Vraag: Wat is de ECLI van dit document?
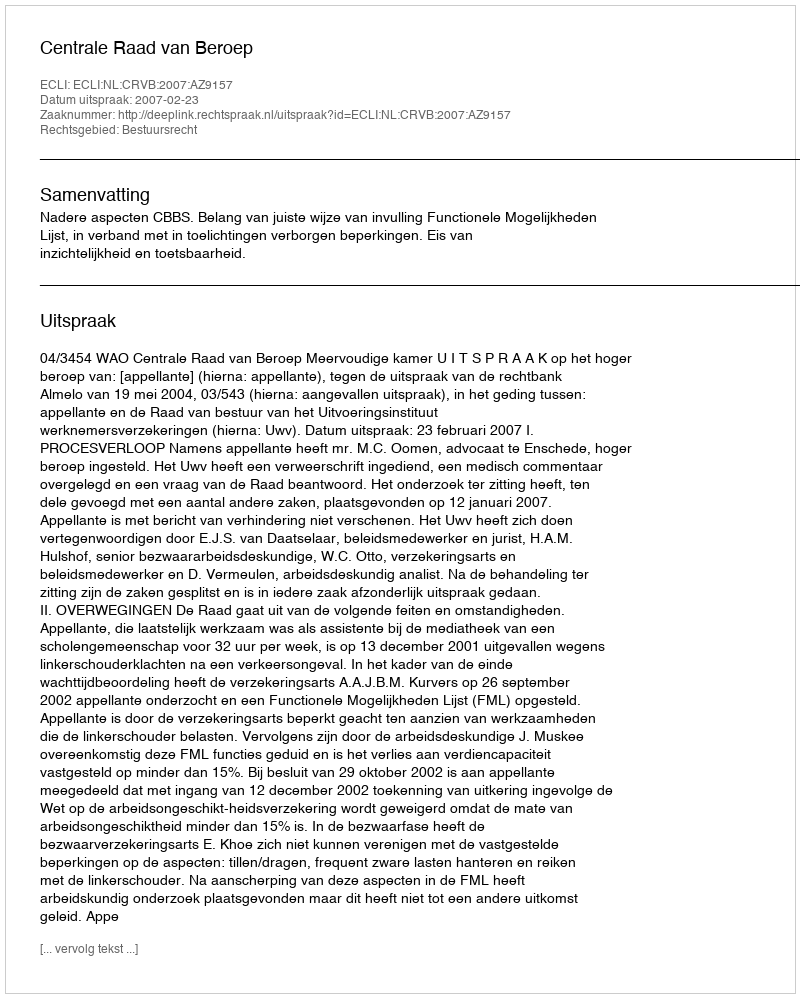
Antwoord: ECLI:NL:CRVB:2007:AZ9157